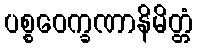
ပစ္စဝေက္ခဏာနိမိတ္တံ